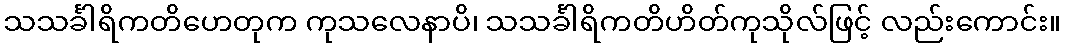
သသင်္ခါရိကတိဟေတုက ကုသလေနာပိ၊ သသင်္ခါရိကတိဟိတ်ကုသိုလ်ဖြင့် လည်းကောင်း။